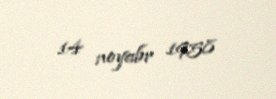
14 noyabr 1958